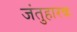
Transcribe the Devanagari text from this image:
जंतुहारक